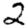
Digit: 2